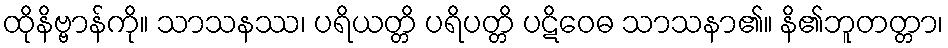
ထိုနိဗ္ဗာန်ကို။ သာသနဿ၊ ပရိယတ္တိ ပရိပတ္တိ ပဋိဝေဓ သာသနာ၏။ နိ၏ဘူတတ္တာ၊